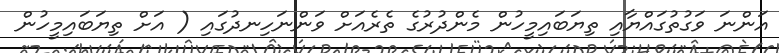
އަންނަ ވަގުތުގައްޔާއި ތިޔަބައިމީހުން މެންދުރުގެ ތެރެއަށް ވަންނަހިނދުގައި ( އަށް ތިޔަބައިމީހުން